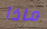
ماذا